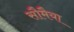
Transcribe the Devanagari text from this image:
सौमैया